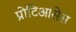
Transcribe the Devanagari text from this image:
प्रोटिआसेस